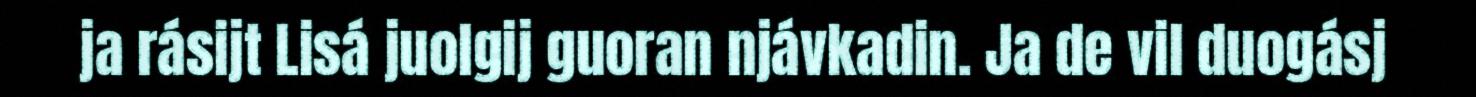
ja rásijt Lisá juolgij guoran njávkadin. Ja de vil duogásj